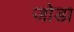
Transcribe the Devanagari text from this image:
जाेडा